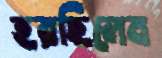
হরছিলেম